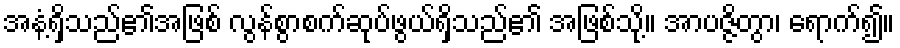
အနံ့ရှိသည်၏အဖြစ် လွန်စွာစက်ဆုပ်ဖွယ်ရှိသည်၏ အဖြစ်သို့။ အာပဇ္ဇိတွာ၊ ရောက်၍။